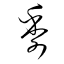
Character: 季